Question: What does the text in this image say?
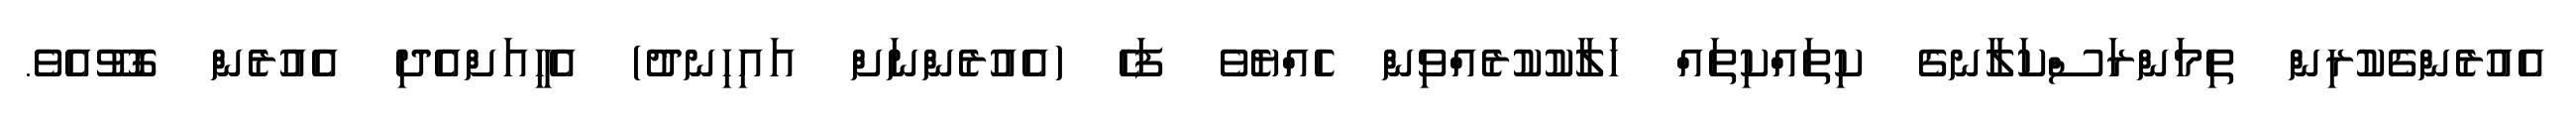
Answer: އެއުރެންގެކުރިން ތިމަންރަސްކަލާނގެ ކިތައްކިތައް ހަލާކުކުރެއްވިން ހެއްޔެވެ ފަހެ (އެއުރެންނަށް އައިހިނދު) އެހީއަށްއެދި އެއުރެން ގޮވޫއެވެ.